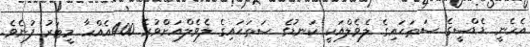
އެހެނީ ޑެޑްސީގެ ސަޠަޙައިގެ ލެވެލްއަކީ ކަނޑުގެ ސަޠަޙައިގެ ލެވެލްއަށްވުރެ 400އެއްހާ މީޓަރު ފުނެވެ.